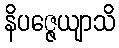
နိပဇ္ဇေယျာသိ